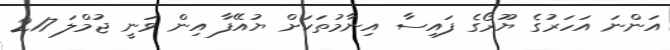
އަންނަ އަހަރުގެ ޔޫރޯގެ ފައިސާ އިނާމުތަކަށް ޔުއޭފާ އިން ވަނީ ޖުމްލަ 217